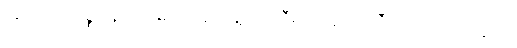
အတိတ်နဲ့ပစ္စုပ္ပန်ကြားမှာ ကန့်လန့်ကာကြီးလို သူကာဆီးတတ်သတဲ့ကွယ်။